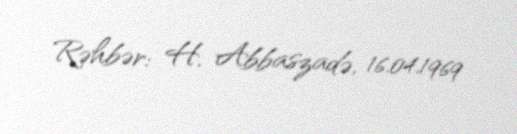
Rəhbər: H. Abbaszadə, 16.04.1969